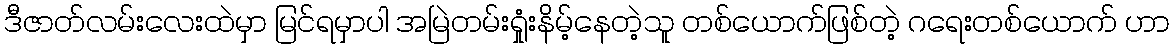
ဒီဇာတ်လမ်းလေးထဲမှာ မြင်ရမှာပါ အမြဲတမ်းရှုံးနိမ့်နေတဲ့သူ တစ်ယောက်ဖြစ်တဲ့ ဂရေးတစ်ယောက် ဟာ